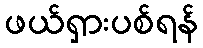
ဖယ်ရှားပစ်ရန်